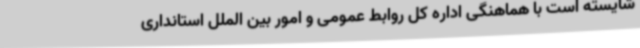
شایسته است با هماهنگی اداره کل روابط عمومی و امور بین الملل استانداری